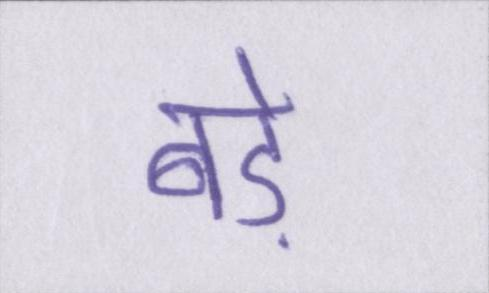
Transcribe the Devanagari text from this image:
बड़े